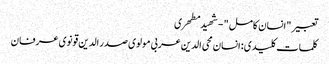
تعبیر " انسان کامل " - شهید مطهری
کلمات کلیدی : انسان محی الدین عربی مولوی صدر الدین قونوی عرفان